Civil Veterinary Department. Madras. Admin. report 1926-33 - 1926-1933
Year: 1926
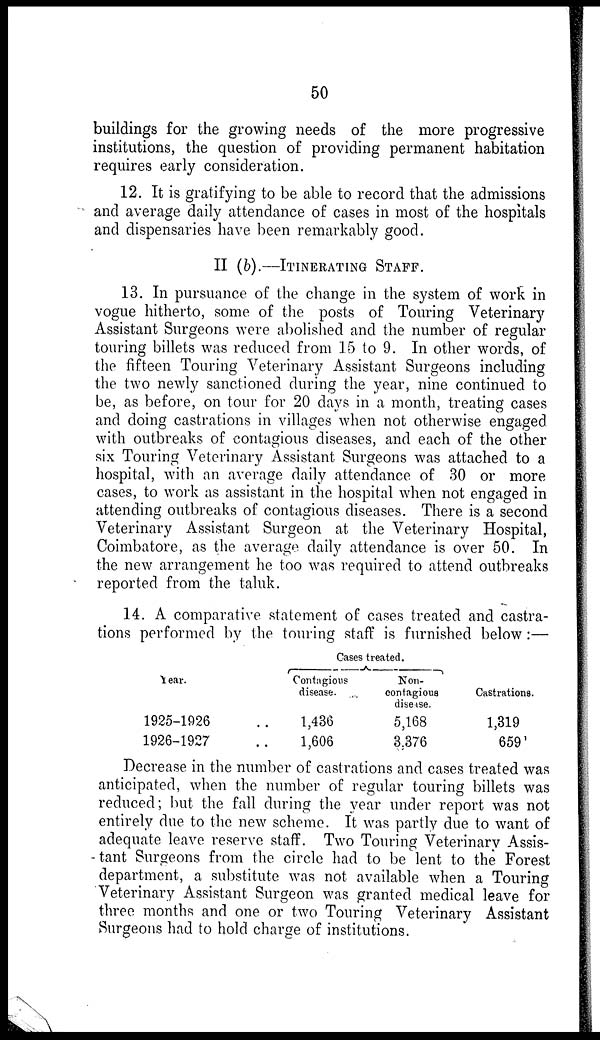
50
buildings for the growing needs of the more progressive
institutions, the question of providing permanent habitation
requires early consideration.
12. It is gratifying to be able to record that the admissions
and average daily attendance of cases in most of the hospitals
and dispensaries have been remarkably good.
II (b).—ITINERATING STAFF.
13. In pursuance of the change in the system of work in
vogue hitherto, some of the posts of Touring Veterinary
Assistant Surgeons were abolished and the number of regular
touring billets was reduced from 15 to 9. In other words, of
the fifteen Touring Veterinary Assistant Surgeons including
the two newly sanctioned during the year, nine continued to
be, as before, on tour for 20 days in a month, treating cases
and doing castrations in villages when not otherwise engaged
with outbreaks of contagious diseases, and each of the other
six Touring Veterinary Assistant Surgeons was attached to a
hospital, with an average daily attendance of 30 or more
cases, to work as assistant in the hospital when not engaged in
attending outbreaks of contagious diseases. There is a second
Veterinary Assistant Surgeon at the Veterinary Hospital,
Coimbatore, as the average daily attendance is over 50. In
the new arrangement he too was required to attend outbreaks
reported from the taluk.
14. A comparative statement of cases treated and castra-
tions performed by the touring staff is furnished below :—
Year.
1925-1926
1926-1927
..
..
Cases treated.
Contagions
disease.
1,436
1,606
Non-
contagious
disease.
5,168
3,376
Castrations.
1,319
659
Decrease in the number of castrations and cases treated was
anticipated, when the number of regular touring billets was
reduced ; but the fall during the year under report was not
entirely due to the new scheme. It was partly due to want of
adequate leave reserve staff. Two Touring Veterinary Assis-
tant Surgeons from the circle had to be lent to the Forest
department, a substitute was not available when a Touring
Veterinary Assistant Surgeon was granted medical leave for
three months and one or two Touring Veterinary Assistant
Surgeons had to hold charge of institutions.